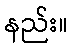
နည်း။